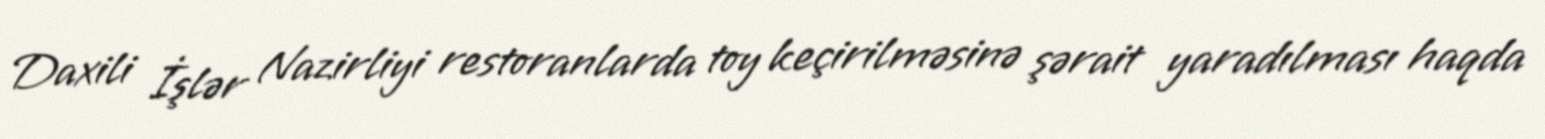
Daxili İşlər Nazirliyi restoranlarda toy keçirilməsinə şərait yaradılması haqda